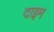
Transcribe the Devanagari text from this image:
दाइम